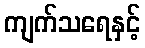
ကျက်သရေနှင့်